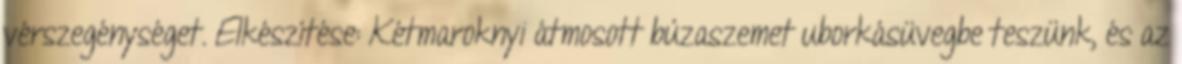
vérszegénységet. Elkészítése: Kétmaroknyi átmosott búzaszemet uborkásüvegbe teszünk, és az